Report on horse surra - Volume I
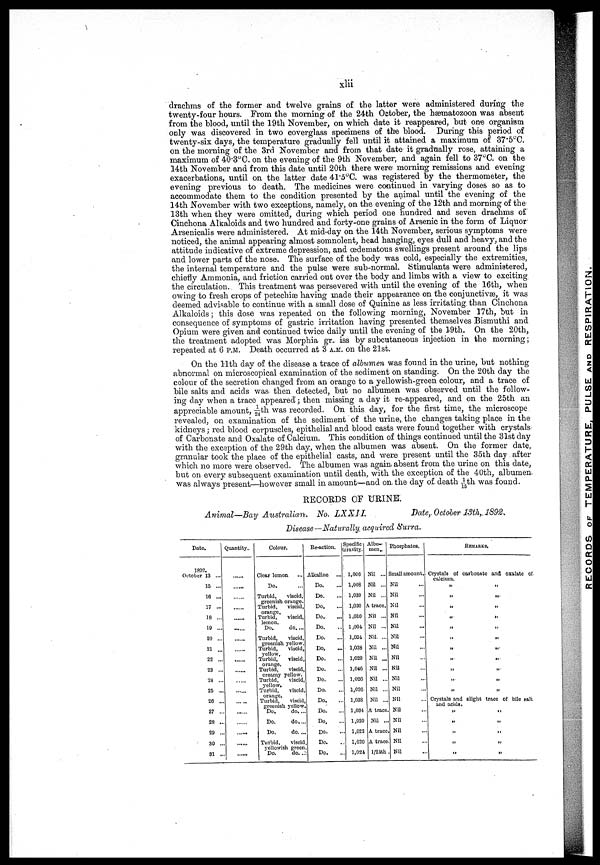
xlii
drachms of the former and twelve grains of the latter were administered during the
twenty-four hours. From the morning of the 24th October, the hæmatozoon was absent
from the blood, until the 19th November, on which date it reappeared, but one organism
only was discovered in two coverglass specimens of the blood. During this period of
twenty-six days, the temperature gradually fell until it attained a maximum of 37.5°C.
on the morning of the 3rd November and from that date it gradually rose, attaining a
maximum of 40.3°C. on the evening of the 9th November, and again fell to 37°C. on the
14th November and from this date until 20th there were- morning remissions and evening
exacerbations, until on. the latter date 41.5°C. was registered by the thermometer, the
evening previous to death. The medicines were continued in varying doses so as to
accommodate them to the condition presented by the animal until the evening of the
14th November with two exceptions, namely, on the evening of the 12th and morning of the
13th when they were omitted, during which period one hundred and seven drachms of
Cinchona Alkaloids and two hundred and forty-one grains of Arsenic in the form of Liquor
Arsenicalis were administered. At mid-day on the 14th November, serious symptoms were
noticed, the animal appearing almost somnolent, head hanging, eyes dull and heavy, and the
attitude indicative of extreme depression, and œdematous swellings present around the lips
and lower parts of the nose. The surface of the body was cold, especially the extremities,
the internal temperature and the pulse were sub-normal. Stimulants were administered,
chiefly Ammonia, and friction carried out over the body and limbs with a view to exciting
the circulation. This treatment was persevered with until the evening of the 16th, when
owing to fresh crops of petechiæ having made their appearance on the conjunctivæ, it was
deemed advisable to continue with a small dose of Quinine as less irritating than Cinchona
Alkaloids ; this dose was repeated on the following morning, November 17th, but in
consequence of symptoms of gastric irritation having presented themselves Bismuthi and
Opium were given and continued twice daily until the evening of the 19th. On the 20th,
the treatment adopted was Morphia gr.. iss by subcutaneous injection in the morning;
repeated at 6 P.M. Death occurred at 3 A.M. on the 21st.
On the 11th day of the disease a trace of albumen was found in the urine, but nothing
abnormal on microscopical examination of the sediment on standing. On the 20th day the
colour of the secretion changed from an orange to a yellowish-green colour, and a trace of
bile salts and acids was then detected, but no albumen was observed until the follow-
ing day when a trace appeared; then missing a clay it re-appeared, and on the 25th an
appreciable amount, 1/24th was recorded. On this day, for the first time, the microscope
revealed, on examination of the sediment of the urine„ the changes taking place in the
kidneys; red blood corpuscles, epithelial and blood casts were found together with crystals
of Carbonate and Oxalate of Calcium. This condition of things continued until the 31st day
with the exception of the 29th clay, when the albumen was absent. On the former date,
granular took the place of the epithelial casts, and were present until the 35th day after
which no more were observed. The albumen was again, absent from the urine on this date,
but on every subsequent examination until death, with the exception of the 40th, albumen,
was always present—however small in amount—and on the day of death 1/15th was found.
RECORDS OF URINE.
Animal—Bay Australian.
No. LXXII.
Date, October 13th 1892.
Disease—Naturally, acquired Surra.
Date.
1892.
October 13 ...
15 ...
16 ...
17 ...
18 ...
19 ...
20 ...
21 ...
22 ...
23 ...
24 ...
25 ...
26 ..
27 ..
28 ..
29 ..
30 ..
31 ..
Quantity..
.....
.....
.....
.....
.....
.....
.....
.....
.....
.....
.....
.....
.....
.....
.....
.....
.....
.....
Colour,
Clear lemon
Do.
Turbid,
viscid,
greenish orange.
Turbid, viscid,
orange.
Turbid, viscid,
lemon.
Do..
do....
Turbid,
viscid,
greenish yellow.
Turbid,
viscid,
yellow.
Turbid, viscid,
orange.
Turbid,
viscid,
creamy yellow.
Turbid,
viscid,
yellow.
Turbid, viscid,
orange.
Turbid,
viscid,
greenish yellow.
Do.
do. ...
Do.
do....
Do.
do....
Turbid,
viscid
yellowish green
Do.
do. ..
Re-action.
Alkaline ...
Do.
Do.
Do.
Do..
Do.
Do.
Do.
Do.
Do.
Do.
Do.
Do.
Do.
Do.
Do.
Do.
Do.
Specific
Gravity.
1,006
1,008
1,039
1,030
1,010
1,004
1,034
1,028
1,020
1,046
1,026
1,026
1,038
1,034
1,020
1,022
1,020
1,024
Albu-
men..
Nil ...
Nil ...
Nil ...
A trace.
Nil ...
Nil ...
Nil. ...
Nil ...
Nil ...
Nil ...
Nil ...
Nil ...
Nil ...
A trace
Nil ...
A trace
A trace
1/24 th
Phosphates.
Small amount.
Nil
Nil
Nil
Nil
Nil
Nil
Nil
Nil
Nil
Nil
Nil
Nil
Nil
Nil
Nil
Nil
Nil
REMARKS.
Crystals of carbonate and oxalate of
calcium.
„ „
„ „
„ „
„ „
„ „
„ „
„ „
„ „
„ „
„ „
Crystals and Blight trace of bile Ealt
and acids .
II
II
„ „
„ „
„ „
„ „